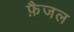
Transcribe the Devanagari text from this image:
फ़ैजल